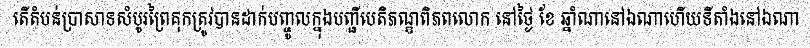
តើតំបន់ប្រាសាទសំបូរព្រៃគុកត្រូវបានដាក់បញ្ចូលក្នុងបញ្ជីបេតិភណ្ឌពិភពលោក នៅថ្ងៃ ខែ ឆ្នាំណានៅឯណាហើយទីតាំងនៅឯណា